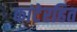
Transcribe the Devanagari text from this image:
कांटेरहित